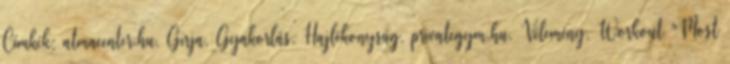
Címkék: atmacenter.hu, Girja, Gyakorlás, Hajlékonyság, privategym.hu, Vélemény, Workout "Most